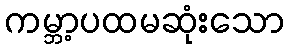
ကမ္ဘာ့ပထမဆုံးသော